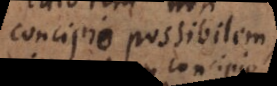
concipio possibilem,